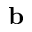
\mathbf { b }